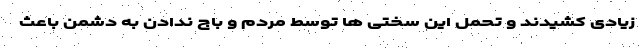
زیادی کشیدند و تحمل این سختی ها توسط مردم و باج ندادن به دشمن باعث